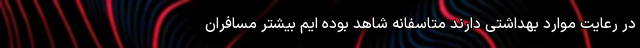
در رعایت موارد بهداشتی دارند متاسفانه شاهد بوده ایم بیشتر مسافران